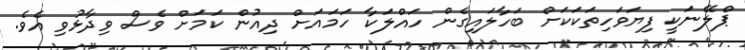
ޕްލޭނަކީ ފިޔަވަހިތަކަކަށް ބަހާލައިގެން ހައްލަކާ ހަމައަށް ދިއުން ކަމަށް ވެސް ވިދާޅުވި އެވެ.